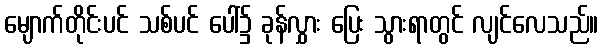
မျောက်တိုင်းပင် သစ်ပင် ပေါ်၌ ခုန်လွှား ပြေး သွားရာတွင် လျင်လေသည်။